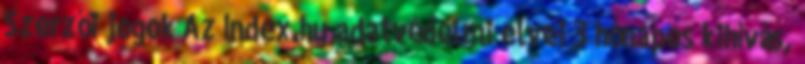
Szerzői jogok Az Index.hu adatvédelmi elvei 3 hónapos kihívás,